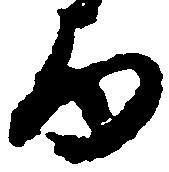
由